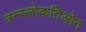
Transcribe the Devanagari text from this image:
त्रन्स्लोकतिओन